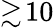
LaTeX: \gtrsim\! 10